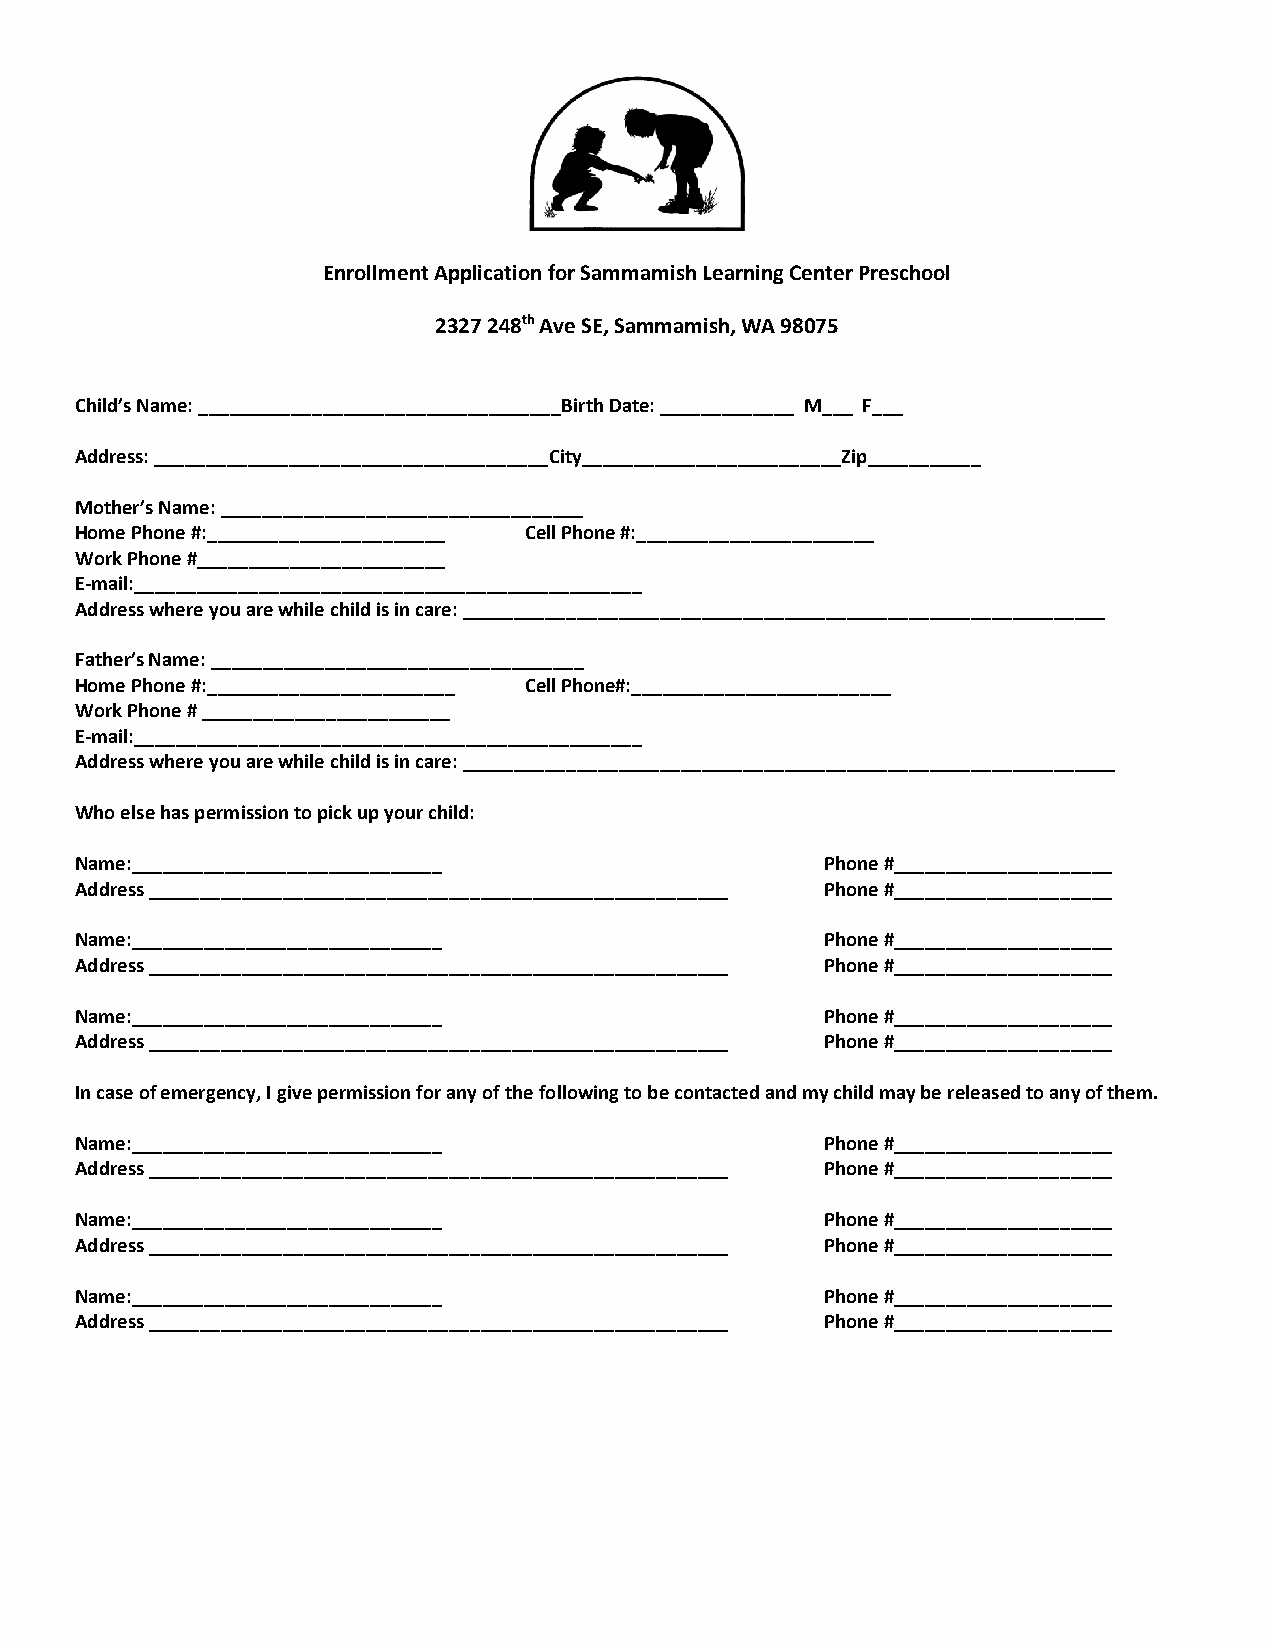
Enrollment Application for Sammamish Learning Center Preschool
 2327 248th Ave SE, Sammamish, WA 98075
 Child’s Name: ___________________________________Birth Date: _____________ M___ F___
 Address: ______________________________________City_________________________Zip___________
 Mother’s Name: ___________________________________
 Home Phone #:_______________________ Cell Phone #:_______________________
 Work Phone #________________________
 E-mail:_________________________________________________
 Address where you are while child is in care: ______________________________________________________________
 Father’s Name: ____________________________________
 Home Phone #:________________________ Cell Phone#:_________________________
 Work Phone # ________________________
 E-mail:_________________________________________________
 Address where you are while child is in care: _______________________________________________________________
 Who else has permission to pick up your child:
 Name:______________________________               Phone #_____________________
 Address ________________________________________________________ Phone #_____________________
 Name:______________________________               Phone #_____________________
 Address ________________________________________________________ Phone #_____________________
 Name:______________________________               Phone #_____________________
 Address ________________________________________________________ Phone #_____________________
 In case of emergency, I give permission for any of the following to be contacted and my child may be released to any of them.
 Name:______________________________               Phone #_____________________
 Address ________________________________________________________ Phone #_____________________
 Name:______________________________               Phone #_____________________
 Address ________________________________________________________ Phone #_____________________
 Name:______________________________               Phone #_____________________
 Address ________________________________________________________ Phone #_____________________